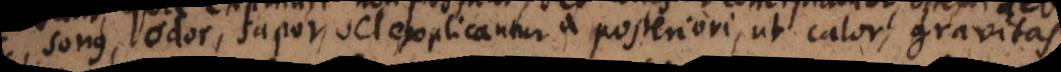
sonus, odor, sapor, vel explicantur a posteriori, ut calor, gravitas.